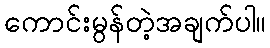
ကောင်းမွန်တဲ့အချက်ပါ။